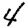
Digit: 4